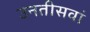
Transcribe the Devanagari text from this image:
उनतीसवां